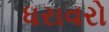
ધરાવરો